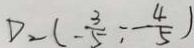
D _ { 2 } ( - \frac { 3 } { 5 } , - \frac { 4 } { 5 } )